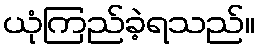
ယုံကြည်ခဲ့ရသည်။